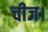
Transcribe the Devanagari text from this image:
चीज।